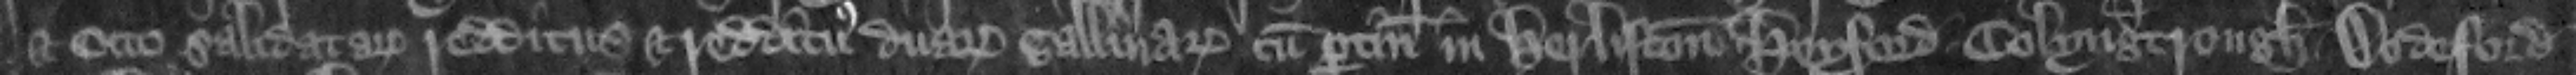
et octo salidatarum redditus et redditus duarum gallinarum cum pertinenciis in Herliston Heyford Colyngtrough Dodeford